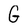
Character: G